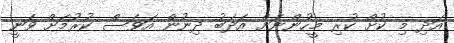
އަދި މި ކުށް ކުރި މީހުންނަށް އަދަބު ދިނުން އަވަސް ކުރުމަށް ވަނީ